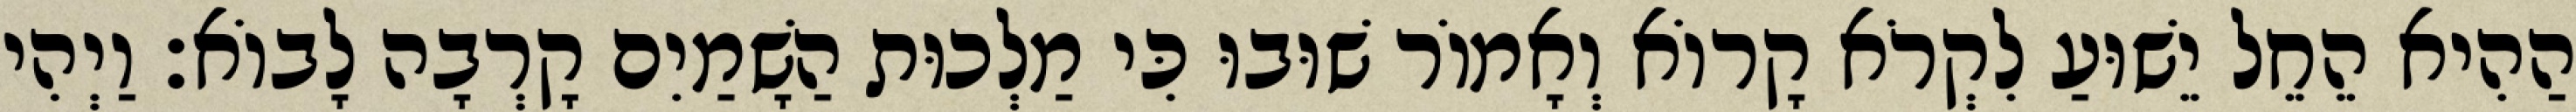
הַהִיא הֵחֵל יֵשׁוּעַ לִקְרֹא קָרוֹא וְאָמוֹר שׁוּבוּ כִּי מַלְכוּת הַשָׁמַיִם קָרְבָה לָבוֹא׃ וַיְהִי